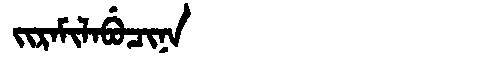
Manchu: ᠵᡳᡵᠠᠮᡳᠯᠠᠪᡠᠴᡳᠨᠠ
Romanization: JIRAMILABUCINA